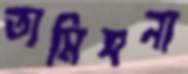
তামিসনা